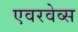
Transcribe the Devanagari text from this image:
एवरवेव्स